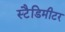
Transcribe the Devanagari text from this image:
स्टैडिमीटर